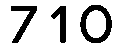
710